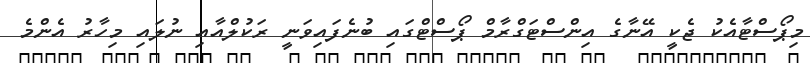
މިޕޯސްޓާއެކު ޖެކީ އޭނާގެ އިންސްޓަގްރާމް ޕޯސްޓްގައި ބުނެފައިވަނީ ރަކުލްއާއި ނުލައި މިހާރު އެންމެ